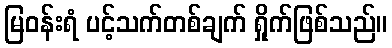
မြဝန်းရံ ပင့်သက်တစ်ချက် ရှိုက်ဖြစ်သည်။